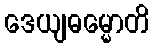
ဒေယျဓမ္မောတိ